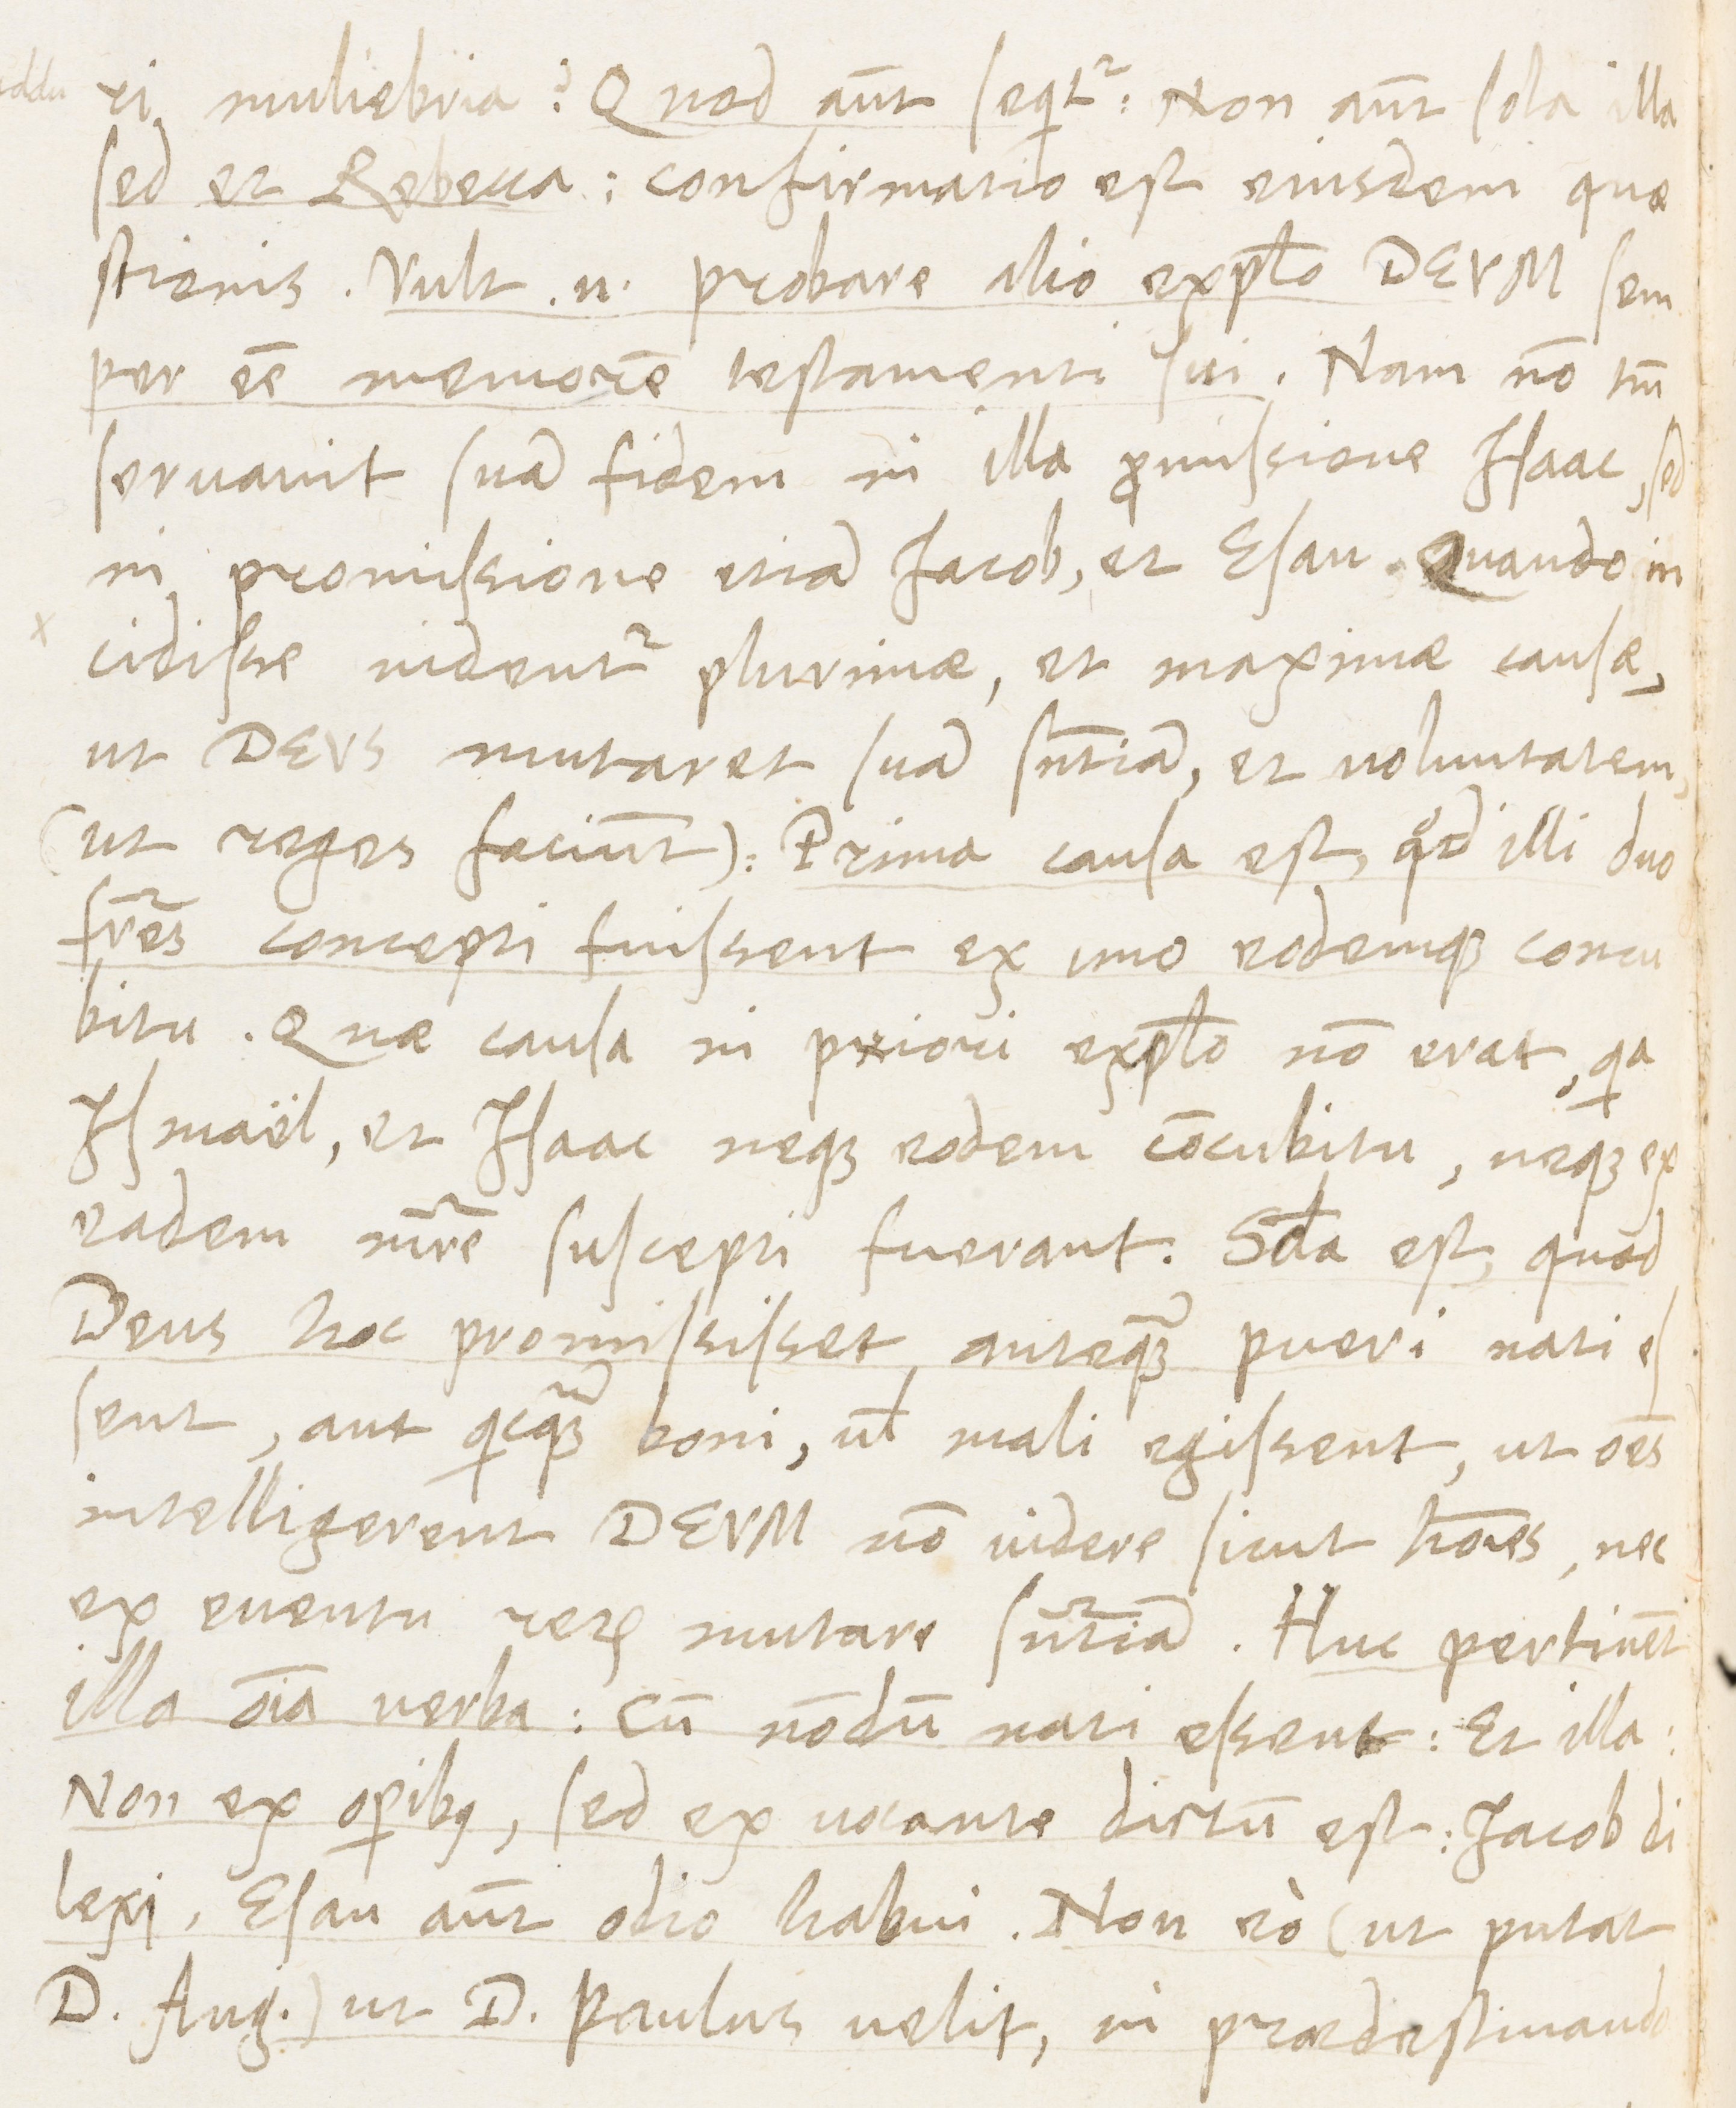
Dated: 1565–1569